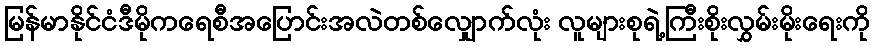
မြန်မာနိုင်ငံဒီမိုကရေစီအပြောင်းအလဲတစ်လျှောက်လုံး လူများစုရဲ့ကြီးစိုးလွှမ်းမိုးရေးကို